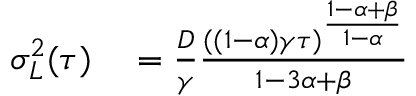
\begin{array} { r l } { \sigma _ { L } ^ { 2 } ( \tau ) } & { { } = \frac { D } { \gamma } \frac { ( ( 1 - \alpha ) \gamma \tau ) ^ { \frac { 1 - \alpha + \beta } { 1 - \alpha } } } { 1 - 3 \alpha + \beta } } \end{array}